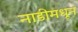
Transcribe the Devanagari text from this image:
नाडीमधून